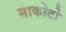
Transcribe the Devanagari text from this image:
माकोटो